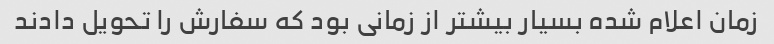
زمان اعلام شده بسیار بیشتر از زمانی بود که سفارش را تحویل دادند